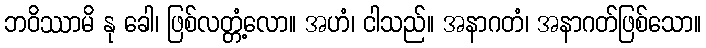
ဘဝိဿာမိ နု ခေါ၊ ဖြစ်လတ္တံ့လော။ အဟံ၊ ငါသည်။ အနာဂတံ၊ အနာဂတ်ဖြစ်သော။